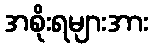
အစိုးရများအား